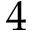
4